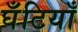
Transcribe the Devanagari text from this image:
घँटियाँ